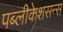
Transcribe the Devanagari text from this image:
पब्लीकेशसन्स